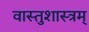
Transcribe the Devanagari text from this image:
वास्तुशास्त्रम्‌